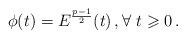
LaTeX: \begin{align*}\phi(t)=E^{\frac{p-1}{2}}(t) \,,\forall \ t \geqslant 0 \,.\end{align*}